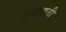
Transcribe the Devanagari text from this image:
गुवाहठी